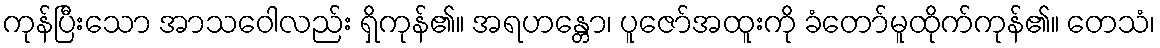
ကုန်ပြီးသော အာသဝေါလည်း ရှိကုန်၏။ အရဟန္တော၊ ပူဇော်အထူးကို ခံတော်မူထိုက်ကုန်၏။ တေသံ၊